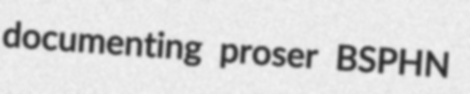
documenting proser BSPHN